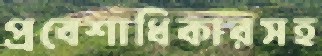
প্রবেশাধিকারসহ